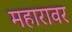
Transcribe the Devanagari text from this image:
महारावर